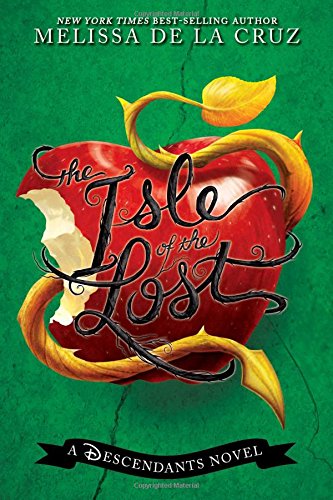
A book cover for The Isle of the Lost: A Descendants Novel (The Descendants); Melissa de la Cruz; Children's Books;